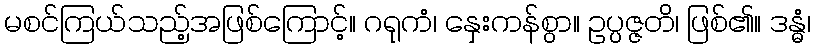
မစင်ကြယ်သည့်အဖြစ်ကြောင့်။ ဂရုကံ၊ နှေးကန်စွာ။ ဥပ္ပဇ္ဇတိ၊ ဖြစ်၏။ ဒန္ဓံ၊